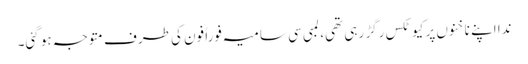
ندا اپنے ناخنوں پر کیوٹکس رگڑ رہی تھی، لمبی سی سامیہ فوراً فون کی طرف متوجہ ہو گئی۔